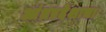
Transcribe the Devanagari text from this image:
आंध्रप्रदेशाचा